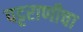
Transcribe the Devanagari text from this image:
पट्टराणीचा